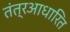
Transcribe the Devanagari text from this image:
तंत्रआधारित